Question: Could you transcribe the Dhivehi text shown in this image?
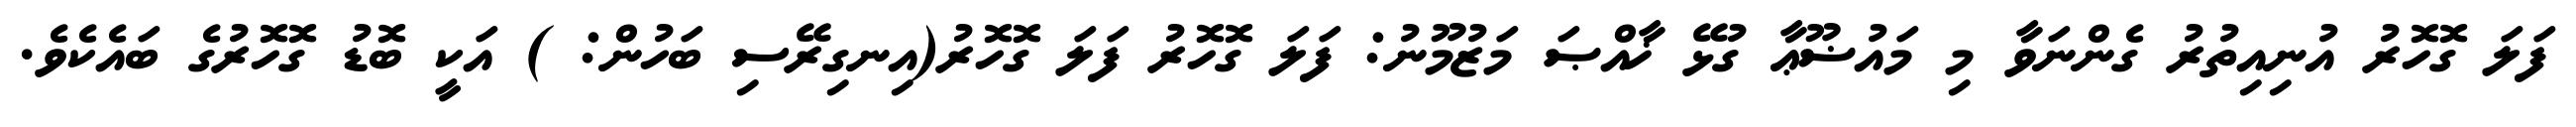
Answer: ފަލަ ގޮހޮރު އުނިއިތުރު ގެންނަވާ މި މައުޟޫޢާ ގުޅޭ ޚާއްޞަ މަޒުމޫނު: ފަލަ ގޮހޮރު ފަލަ ގޮހޮރު(އިނގިރޭސި ބަހުން: ) އަކީ ބޮޑު ގޮހޮރުގެ ބައެކެވެ.